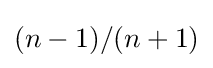
(n-1)/(n+1)